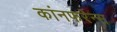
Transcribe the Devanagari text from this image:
कांनफरेन्स